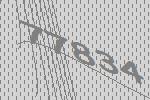
77834